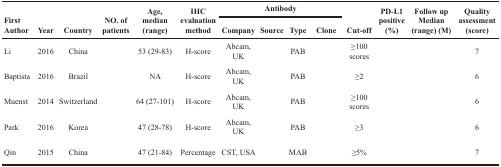
<table><thead><tr><td rowspan="2"><b>First Author</b></td><td rowspan="2"><b>Year</b></td><td rowspan="2"><b>Country</b></td><td rowspan="2"><b>NO. of patients</b></td><td rowspan="2"><b>Age, median (range)</b></td><td rowspan="2"><b>IHC evaluation method</b></td><td colspan="4"><b>Antibody</b></td><td rowspan="2"><b>Cut-off</b></td><td rowspan="2"><b>PD-L1 positive (%)</b></td><td rowspan="2"><b>Follow up Median (range) (M)</b></td><td rowspan="2"><b>Quality assessment (score)</b></td></tr><tr><td><b>Company</b></td><td><b>Source</b></td><td><b>Type</b></td><td><b>Clone</b></td></tr></thead><tbody><tr><td>Li</td><td>2016</td><td>China</td><td>[EMPTY_CELL]</td><td>53 (29-83)</td><td>H-score</td><td>Abcam, UK</td><td>[EMPTY_CELL]</td><td>PAB</td><td>[EMPTY_CELL]</td><td>≥100 scores</td><td>[EMPTY_CELL]</td><td>[EMPTY_CELL]</td><td>7</td></tr><tr><td>Baptista</td><td>2016</td><td>Brazil</td><td>[EMPTY_CELL]</td><td>NA</td><td>H-score</td><td>Abcam, UK</td><td>[EMPTY_CELL]</td><td>PAB</td><td>[EMPTY_CELL]</td><td>≥2</td><td>[EMPTY_CELL]</td><td>[EMPTY_CELL]</td><td>6</td></tr><tr><td>Muenst</td><td>2014</td><td>Switzerland</td><td>[EMPTY_CELL]</td><td>64 (27-101)</td><td>H-score</td><td>Abcam, UK</td><td>[EMPTY_CELL]</td><td>PAB</td><td>[EMPTY_CELL]</td><td>≥100 scores</td><td>[EMPTY_CELL]</td><td>[EMPTY_CELL]</td><td>6</td></tr><tr><td>Park</td><td>2016</td><td>Korea</td><td>[EMPTY_CELL]</td><td>47 (28-78)</td><td>H-score</td><td>Abcam, UK</td><td>[EMPTY_CELL]</td><td>PAB</td><td>[EMPTY_CELL]</td><td>≥3</td><td>[EMPTY_CELL]</td><td>[EMPTY_CELL]</td><td>6</td></tr><tr><td>Qin</td><td>2015</td><td>China</td><td>[EMPTY_CELL]</td><td>47 (21-84)</td><td>Percentage</td><td>CST, USA</td><td>[EMPTY_CELL]</td><td>MAB</td><td>[EMPTY_CELL]</td><td>≥5%</td><td>[EMPTY_CELL]</td><td>[EMPTY_CELL]</td><td>7</td></tr></tbody></table>